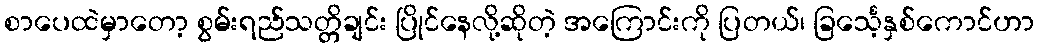
စာပေထဲမှာတော့ စွမ်းရည်သတ္တိချင်း ပြိုင်နေလို့ဆိုတဲ့ အကြောင်းကို ပြတယ်၊ ခြင်္သေ့နှစ်ကောင်ဟာ